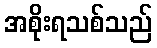
အစိုးရသစ်သည်